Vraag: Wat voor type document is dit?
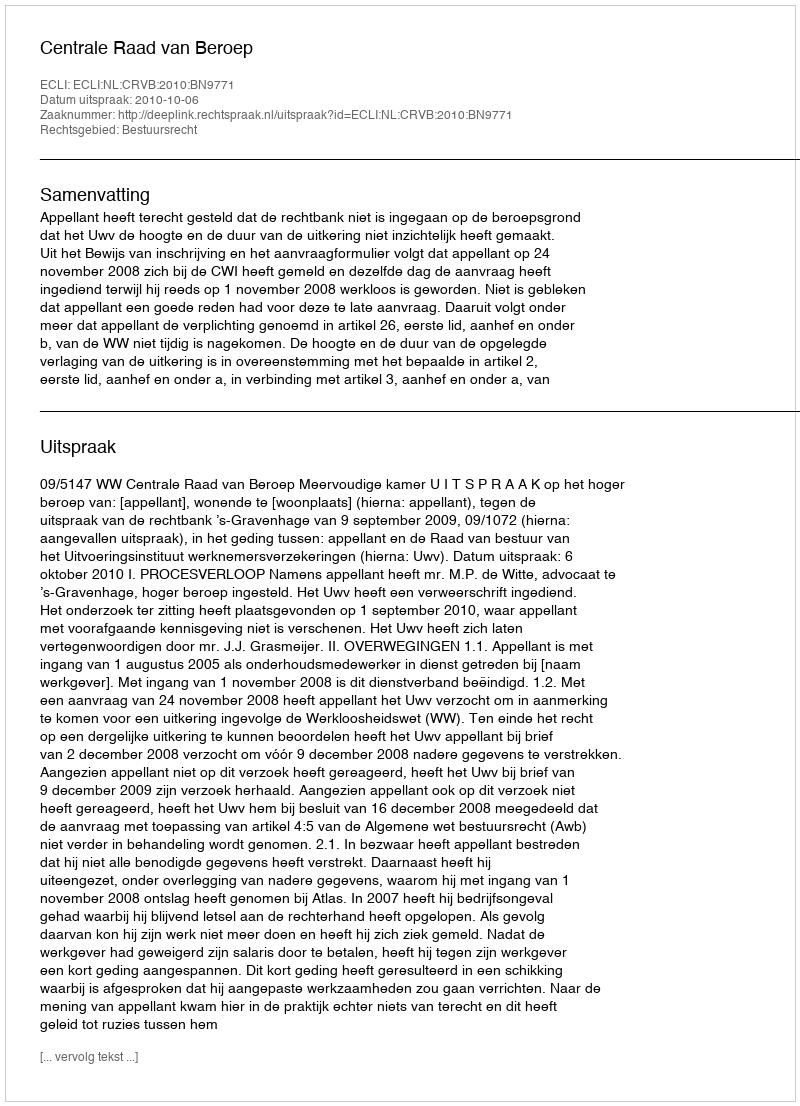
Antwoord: Uitspraak